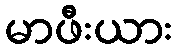
မာဖီးယား